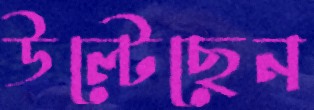
উল্‌টেছেন